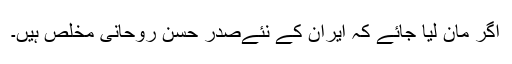
اگر مان لیا جائے کہ ایران کے نئےصدر حسن روحانی مخلص ہیں۔